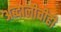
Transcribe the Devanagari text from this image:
अब्दालीचीही